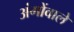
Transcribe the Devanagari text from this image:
अंगोंवाले